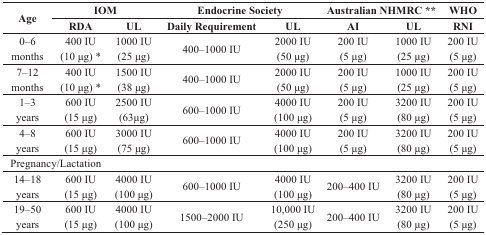
<table><thead><tr><td rowspan="2"><b>Age</b></td><td colspan="2"><b>IOM</b></td><td colspan="2"><b>Endocrine Society</b></td><td colspan="2"><b>Australian NHMRC **</b></td><td><b>WHO</b></td></tr><tr><td><b>RDA</b></td><td><b>UL</b></td><td><b>Daily Requirement</b></td><td><b>UL</b></td><td><b>AI</b></td><td><b>UL</b></td><td><b>RNI</b></td></tr></thead><tbody><tr><td>0–6 months</td><td>400 IU (10 μg) *</td><td>1000 IU (25 μg)</td><td>400–1000 IU</td><td>2000 IU (50 μg)</td><td>200 IU (5 μg)</td><td>1000 IU (25 μg)</td><td>200 IU (5 μg)</td></tr><tr><td>7–12 months</td><td>400 IU (10 μg) *</td><td>1500 IU (38 μg)</td><td>400–1000 IU</td><td>2000 IU (50 μg)</td><td>200 IU (5 μg)</td><td>1000 IU (25 μg)</td><td>200 IU (5 μg)</td></tr><tr><td>1–3 years</td><td>600 IU (15 μg)</td><td>2500 IU (63μg)</td><td>600–1000 IU</td><td>4000 IU (100 μg)</td><td>200 IU (5 μg)</td><td>3200 IU (80 μg)</td><td>200 IU (5 μg)</td></tr><tr><td>4–8 years</td><td>600 IU (15 μg)</td><td>3000 IU (75 μg)</td><td>600–1000 IU</td><td>4000 IU (100 μg)</td><td>200 IU (5 μg)</td><td>3200 IU (80 μg)</td><td>200 IU (5 μg)</td></tr><tr><td colspan="2">Pregnancy/Lactation</td><td></td><td></td><td></td><td></td><td></td><td></td></tr><tr><td>14–18 years</td><td>600 IU (15 μg)</td><td>4000 IU (100 μg)</td><td>600–1000 IU</td><td>4000 IU (100 μg)</td><td>200–400 IU</td><td>3200 IU (80 μg)</td><td>200 IU (5 μg)</td></tr><tr><td>19–50 years</td><td>600 IU (15 μg)</td><td>4000 IU (100 μg)</td><td>1500–2000 IU</td><td>10,000 IU (250 μg)</td><td>200–400 IU</td><td>3200 IU (80 μg)</td><td>200 IU (5 μg)</td></tr></tbody></table>